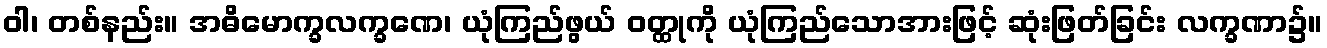
ဝါ၊ တစ်နည်း။ အဓိမောက္ခလက္ခဏေ၊ ယုံကြည်ဖွယ် ဝတ္ထုကို ယုံကြည်သောအားဖြင့် ဆုံးဖြတ်ခြင်း လက္ခဏာ၌။